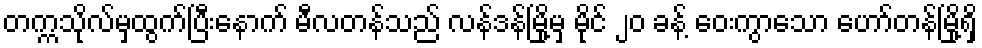
တက္ကသိုလ်မှထွက်ပြီးနောက် မီလတန်သည် လန်ဒန်မြို့မှ မိုင် ၂၀ ခန့် ဝေးကွာသော ဟော်တန်မြို့ရှိ